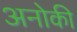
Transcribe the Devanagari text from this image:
अनोकी